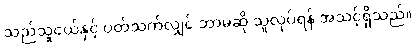
သည်သူငယ်နှင့် ပတ်သက်လျှင် ဘာမဆို သူလုပ်ရန် အသင့်ရှိသည်။